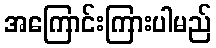
အကြောင်းကြားပါမည်